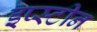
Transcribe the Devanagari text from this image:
इप्स्टीन